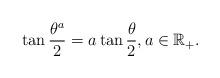
LaTeX: \begin{align*}\tan\frac{\theta^a}{2}=a\tan\frac{\theta}{2},a\in\mathbb R_+.\end{align*}